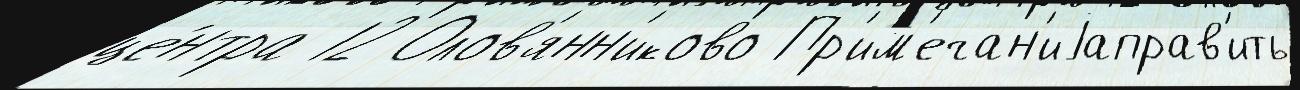
це́нтра 12 Олов'янн'иково Пр'им'ечан'иjаправ'ить